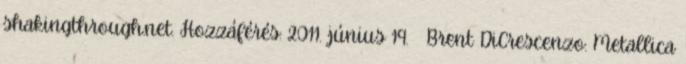
shakingthrough.net. Hozzáférés: 2011. június 19. ↑ Brent DiCrescenzo: Metallica